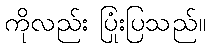
ကိုလည်း ပြုံးပြသည်။